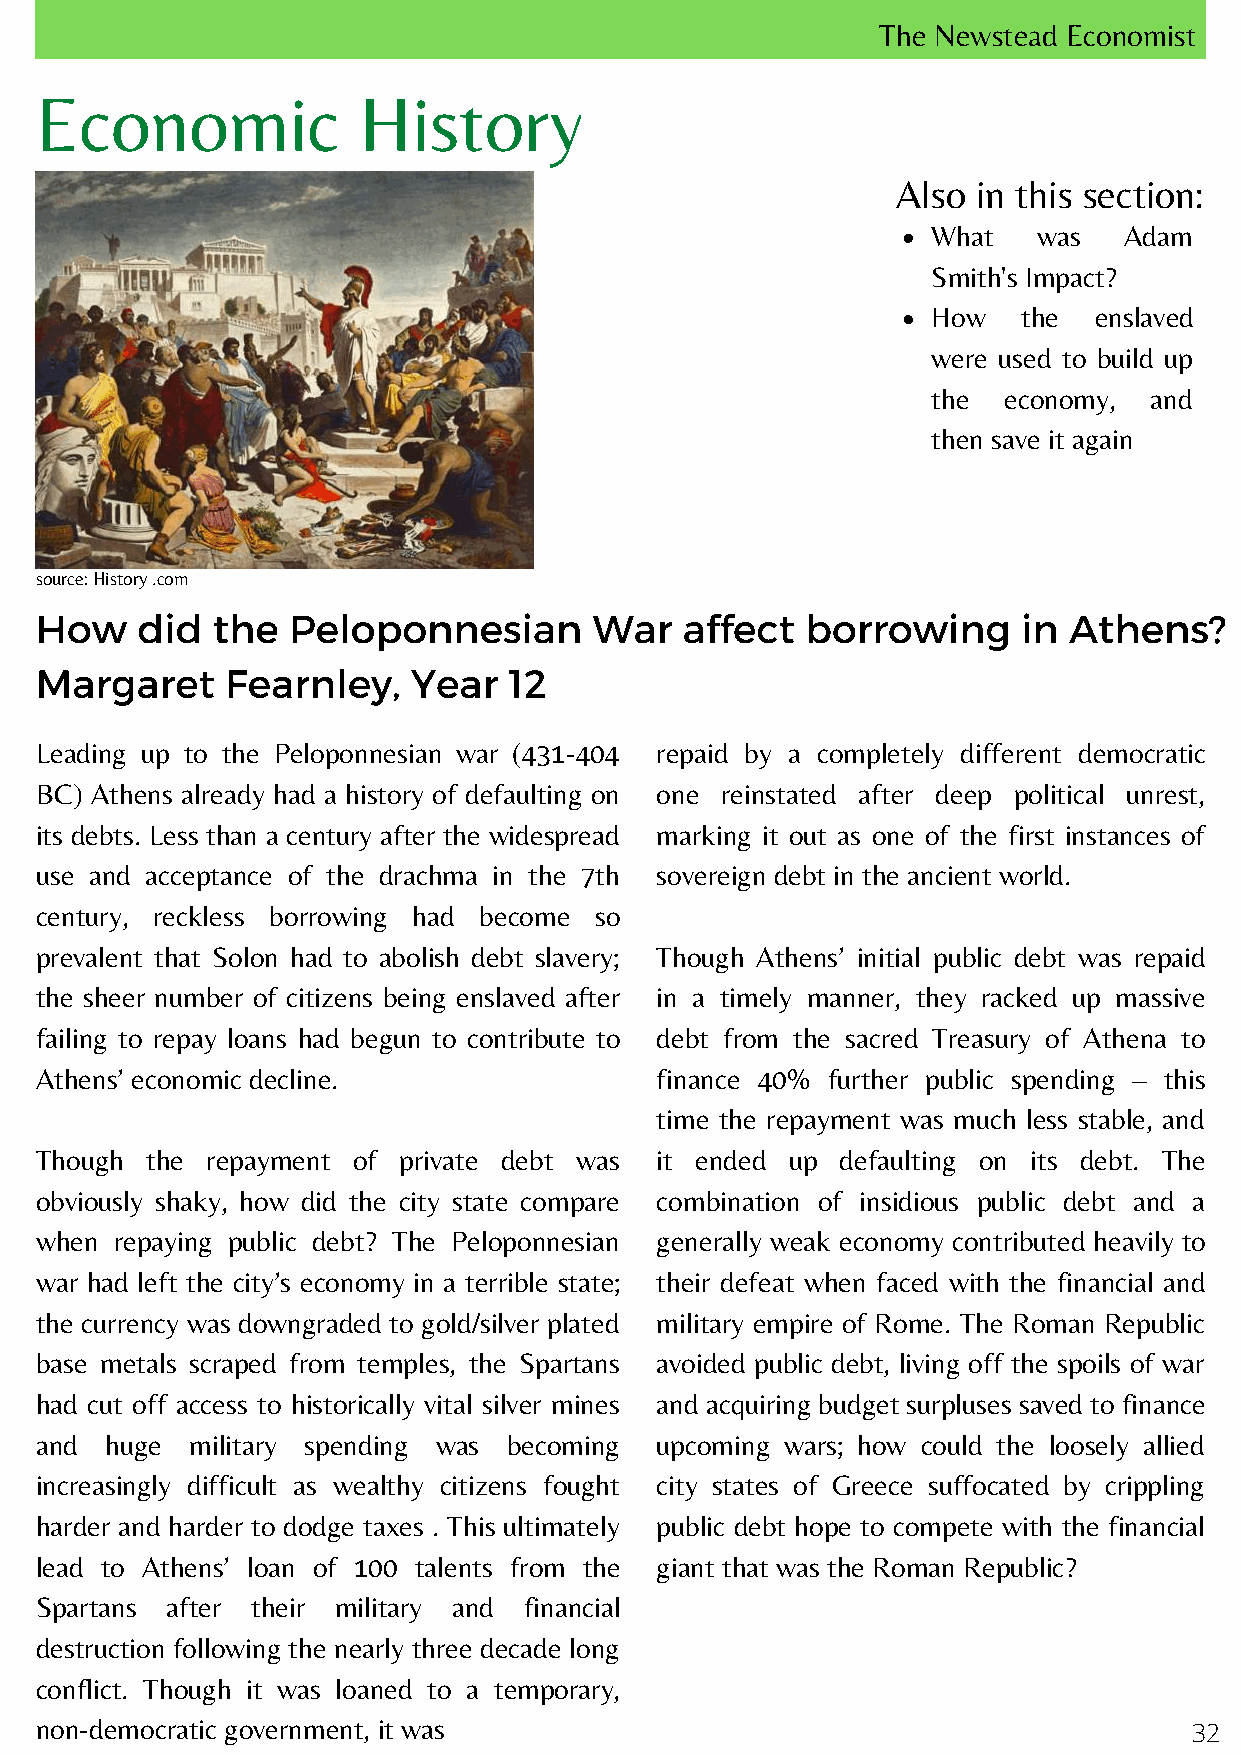
The Newstead Economist
 Economic              History
 Also  in this section:
 What   was  Adam
 Smith's Impact?
 How   the enslaved
 were used to build up
 the economy,  and
 then save it again
 source: History .com
 How    did  the  Peloponnesian       War   affect  borrowing      in Athens?
 Margaret     Fearnley,   Year   12
 Leading up to the Peloponnesian war (431-404 repaid by a completely different democratic
 BC) Athens already had a history of defaulting on one reinstated after deep political unrest,
 its debts. Less than a century after the widespread marking it out as one of the first instances of
 use and acceptance of the drachma in the 7th sovereign debt in the ancient world.
 century, reckless borrowing had become so
 prevalent that Solon had to abolish debt slavery; Though Athens’ initial public debt was repaid
 the sheer number of citizens being enslaved after in a timely manner, they racked up massive
 failing to repay loans had begun to contribute to debt from the sacred Treasury of Athena to
 Athens’ economic decline.                finance 40% further public spending – this
 time the repayment was much less stable, and
 Though  the repayment of private debt was it ended up defaulting on its debt. The
 obviously shaky, how did the city state compare combination of insidious public debt and a
 when  repaying public debt? The Peloponnesian generally weak economy contributed heavily to
 war had left the city’s economy in a terrible state; their defeat when faced with the financial and
 the currency was downgraded to gold/silver plated military empire of Rome. The Roman Republic
 base metals scraped from temples, the Spartans avoided public debt, living off the spoils of war
 had cut off access to historically vital silver mines and acquiring budget surpluses saved to finance
 and  huge  military spending was becoming upcoming wars; how could the loosely allied
 increasingly difficult as wealthy citizens fought city states of Greece suffocated by crippling
 harder and harder to dodge taxes . This ultimately public debt hope to compete with the financial
 lead to Athens’ loan of 100 talents from the giant that was the Roman Republic?
 Spartans after their military and financial
 destruction following the nearly three decade long
 conflict. Though it was loaned to a temporary,
 non-democratic government, it was
 32